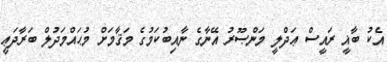
އެކު ބާޣީ ރައީސް ޢަދްލީ މަންޞޫރު އޭނާގެ ނާއިބުކަމުގެ މަޤާމަށް މުޙައްމަދުލް ބަރާދަޢީ